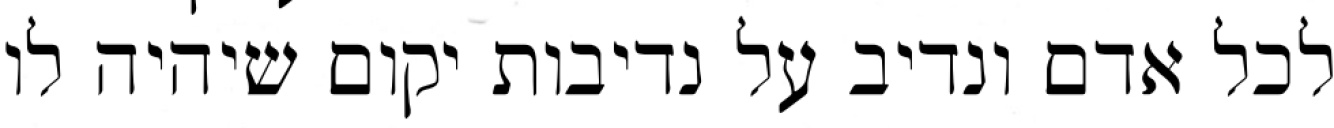
לכל אדם ונדיב על נדיבות יקום שיהיה לו